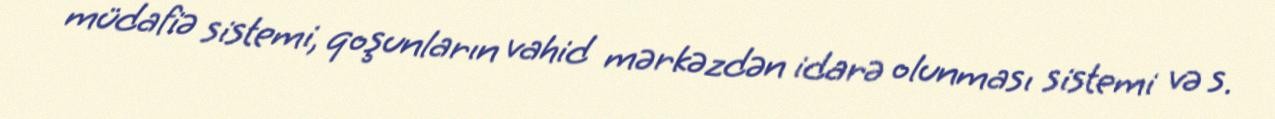
müdafiə sistemi, qoşunların vahid mərkəzdən idarə olunması sistemi və s.